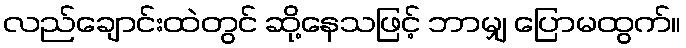
လည်ချောင်းထဲတွင် ဆို့နေသဖြင့် ဘာမျှ ပြောမထွက်။